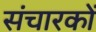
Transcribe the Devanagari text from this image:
संचारकों